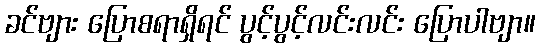
ခင်ဗျား ပြောစရာရှိရင် ပွင့်ပွင့်လင်းလင်း ပြောပါဗျာ။